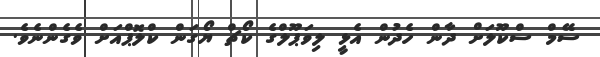
ސޭމް ސްކޫލަށް ދާން ހެދުން އެޅީ ލިވަޕޫލްގެ ކޯޗް ޔޯގަން ކްލޮޕްއަށް ވެގެންނެވެ.